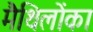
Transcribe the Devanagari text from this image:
मैथिलोंका